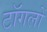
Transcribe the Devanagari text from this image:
टॉगलों